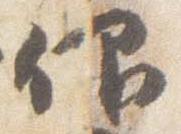
仰